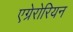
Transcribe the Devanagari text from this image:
एग्रेरोरियन